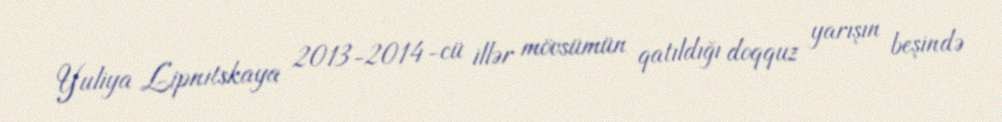
Yuliya Lipnitskaya 2013-2014-cü illər mövsümün qatıldığı doqquz yarışın beşində